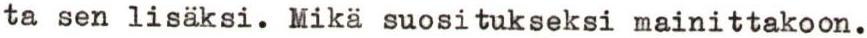
ta sen lisäksi. Mikä suositukseksi mainittakoon.